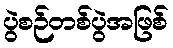
ပွဲစဉ်တစ်ပွဲအဖြစ်